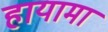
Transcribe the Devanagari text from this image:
हायामा